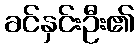
ခင်နှင်းဦး၏